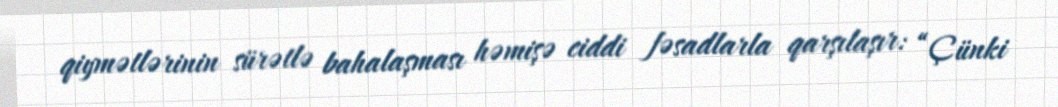
qiymətlərinin sürətlə bahalaşması həmişə ciddi fəsadlarla qarşılaşır: “Çünki